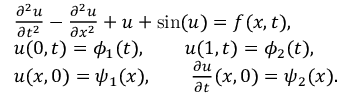
\begin{array} { r l } & { \frac { \partial ^ { 2 } u } { \partial t ^ { 2 } } - \frac { \partial ^ { 2 } u } { \partial x ^ { 2 } } + u + \sin ( u ) = f ( x , t ) , } \\ & { u ( { 0 } , t ) = \phi _ { 1 } ( t ) , \qquad u ( { 1 } , t ) = \phi _ { 2 } ( t ) , } \\ & { u ( { x } , 0 ) = \psi _ { 1 } ( { x } ) , \qquad \frac { \partial u } { \partial t } ( { x } , 0 ) = \psi _ { 2 } ( { x } ) . } \end{array}